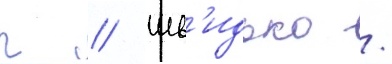
г // Шв'идько /